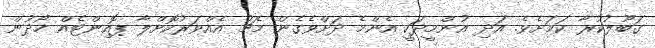
ގަބޫލުކުރާ ކަމަށެވެ. އަދި އުންމީދަކީ އެންމެ ދަށްވެގެން މެޗު އެއްވަރުކޮށްލާ ޕޮއިންޓެއް ހޯދުން